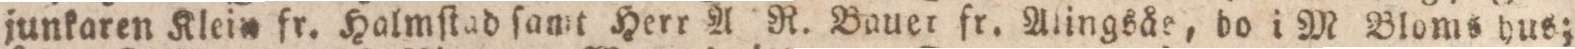
junkaren Klein fr. Halmſtad ſamt Herr A R. Bauer fr. Alingsåe, bo i M Bloms hus;